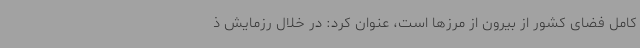
کامل فضای کشور از بیرون از مرزها است، عنوان کرد: در خلال رزمایش ذ